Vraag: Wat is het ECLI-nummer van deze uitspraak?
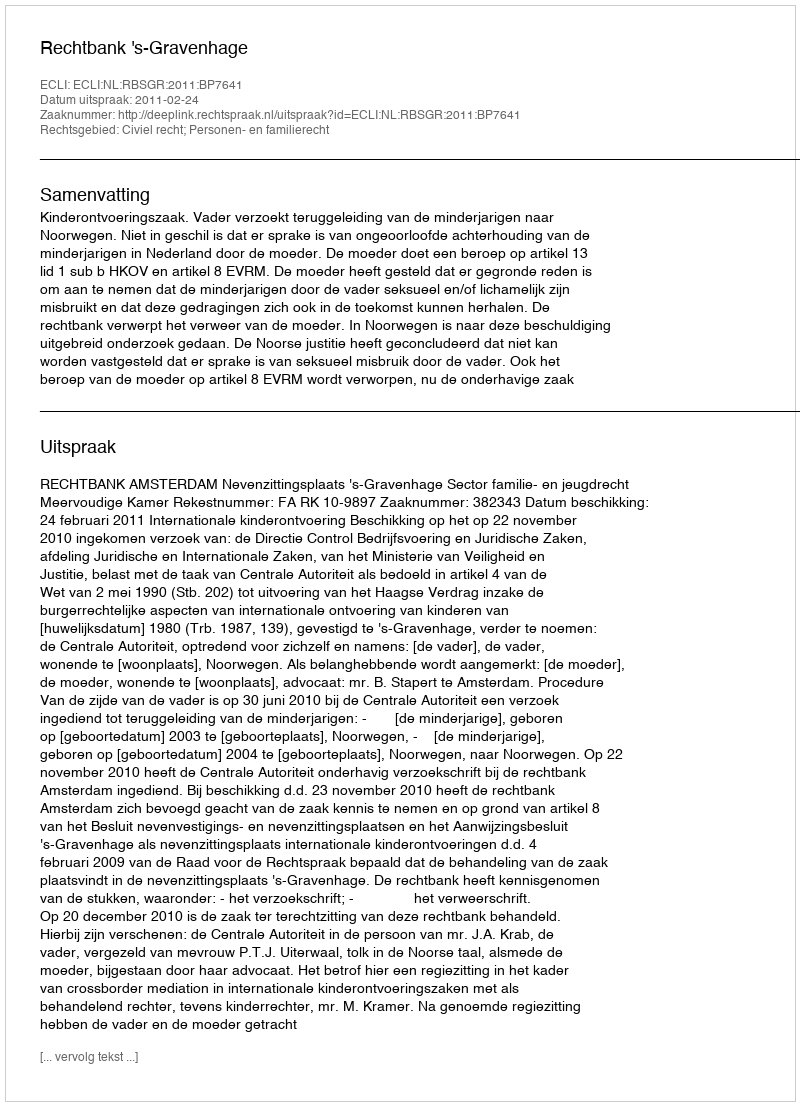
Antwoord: ECLI:NL:RBSGR:2011:BP7641